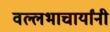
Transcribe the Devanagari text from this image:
वल्लभाचार्यांनी